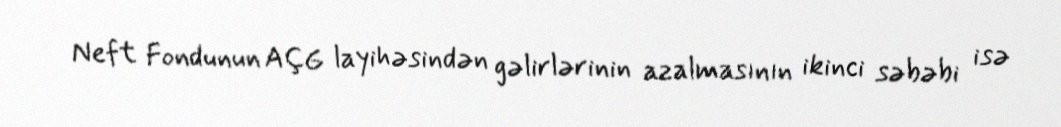
Neft Fondunun AÇG layihəsindən gəlirlərinin azalmasının ikinci səbəbi isə